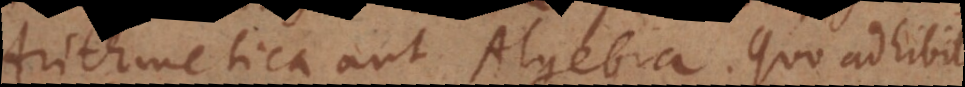
Arithmetica aut Algebra. Quo adhibito